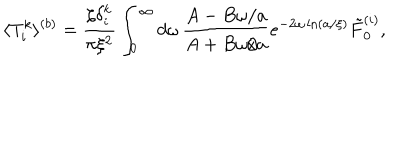
\langle T _ { i } ^ { k } \rangle ^ { ( b ) } = \frac { \zeta \delta _ { i } ^ { k } } { \pi \xi ^ { 2 } } \int _ { 0 } ^ { \infty } d \omega \, \frac { A - B \omega / a } { A + B \omega / a } e ^ { - 2 \omega \ln ( a / \xi ) } \tilde { F } _ { 0 } ^ { ( i ) } ,